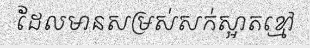
ដែលមានសម្រស់សក់ស្អាតខ្មៅ